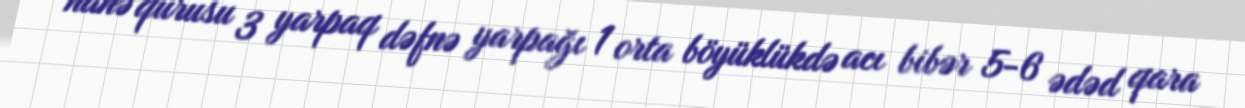
nanə qurusu 3 yarpaq dəfnə yarpağı 1 orta böyüklükdə acı bibər 5-6 ədəd qara